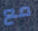
مع